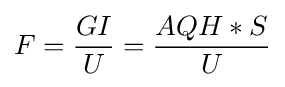
F={\frac {GI}{U}}={\frac {AQH*S}{U}}